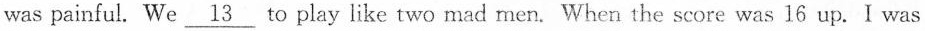
was painful. We \underline{13} to play like two mad men. When the score was 16 up.I was